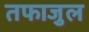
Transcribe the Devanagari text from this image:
तफाजुल